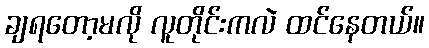
ချရတော့မလို လူတိုင်းကလဲ ထင်နေတယ်။